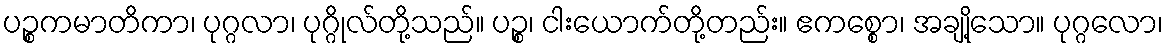
ပဉ္စကမာတိကာ၊ ပုဂ္ဂလာ၊ ပုဂ္ဂိုလ်တို့သည်။ ပဉ္စ၊ ငါးယောက်တို့တည်း။ ဧကစ္စော၊ အချို့သော။ ပုဂ္ဂလော၊